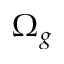
\Omega _ { g }